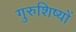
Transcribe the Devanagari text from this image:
गुरुशिष्यों